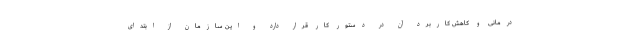
درمانی و کاهش کاربرد آن در دستور کار قرار دارد و این سازمان از ابتدای